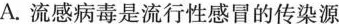
A.流感病毒是流行性感冒的传染源